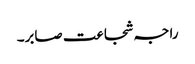
راجہ شجاعت صابر۔